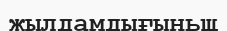
жылдамдығыньщ